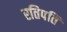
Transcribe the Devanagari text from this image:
रतिपति